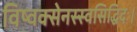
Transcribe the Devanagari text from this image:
विष्वक्सेनस्स्वसिद्धिदः।